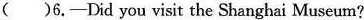
( )6.-Did you visit the Shanghai Museum?